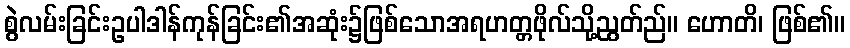
စွဲလမ်းခြင်းဥပါဒါန်ကုန်ခြင်း၏အဆုံး၌ဖြစ်သောအရဟတ္တဖိုလ်သို့ညွတ်ည်။ ဟောတိ၊ ဖြစ်၏။